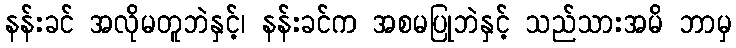
နန်းခင် အလိုမတူဘဲနှင့်၊ နန်းခင်က အစမပြုဘဲနှင့် သည်သားအမိ ဘာမှ